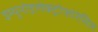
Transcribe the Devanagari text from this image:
इम्यूनोइलेक्ट्रोफोरेसिस